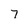
Character: 7